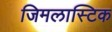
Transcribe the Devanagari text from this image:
जिमलास्टिक